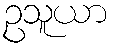
ဥသူယာ